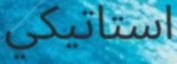
استاتيكي